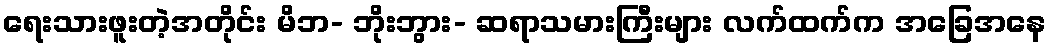
ရေးသားဖူးတဲ့အတိုင်း မိဘ- ဘိုးဘွား- ဆရာသမားကြီးများ လက်ထက်က အခြေအနေ